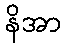
နိအာ